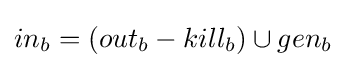
in_{b}=(out_{b}-kill_{b})\cup gen_{b}